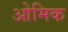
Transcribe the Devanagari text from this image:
ओमिक